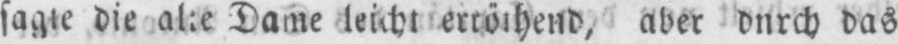
aber durch das